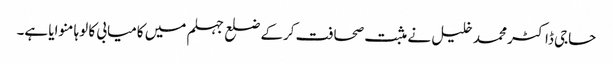
حاجی ڈاکٹر محمد خلیل نے مثبت صحافت کرکے ضلع جہلم میں کامیابی کا لوہا منوایا ہے۔